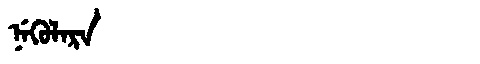
Manchu: ᠨᡝᡴᡠᠯᠠᡵᠠ
Romanization: NEKULARA